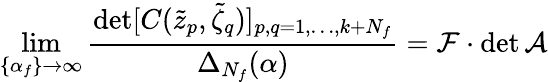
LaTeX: \operatorname*{lim}_{\{ \alpha_{f}\} \to\infty}\frac{\operatorname*{det}[C(\tilde{z}_{p},\tilde{\zeta}_{q})]_{p,q=1,\dots,k+N_{f}}}{\Delta_{N_{f}}(\alpha)}=\mathcal{F}\cdot\operatorname*{det}\mathcal{A}